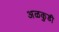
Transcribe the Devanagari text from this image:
अळकुडी